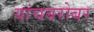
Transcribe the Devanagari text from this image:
यांचबरोबर